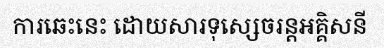
ការឆេះនេះ ដោយសារទុស្សេចរន្តអគ្គិសនី